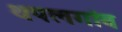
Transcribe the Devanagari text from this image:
थपलगांव